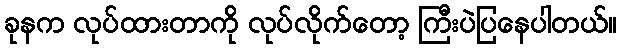
ခုနက လုပ်ထားတာကို လုပ်လိုက်တော့ ကြီးပဲပြနေပါတယ်။